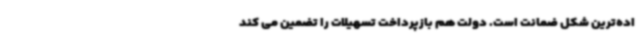
اده‌ترین شکل ضمانت است. دولت هم بازپرداخت تسهیلات را تضمین می کند